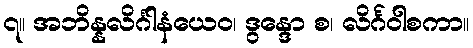
၇။ အဘိန္နလိင်္ဂါနံယေဝ၊ ဒွန္ဒော စ၊ လိင်္ဂဝါစကာ။